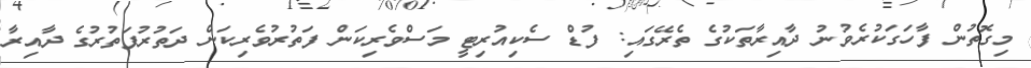
މިގޮތުން ފާހަގަކުރެވުނު ދާއިރާތަކުގެ ތެރޭގައި: ފުޑް ސެކިއުރިޓީ މަސްވެރިކަން ފަތުރުވެރިކަން ދަތުރުފަތުރުގެ ދާއިރާ